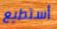
أستطيع